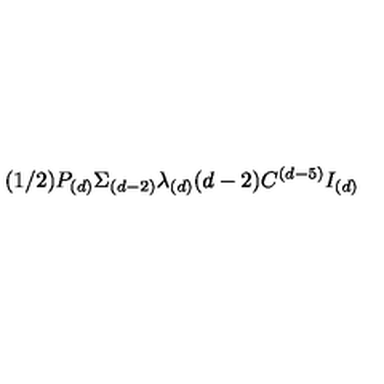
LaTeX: ( 1 / 2 ) P _ { ( d ) } \Sigma _ { ( d - 2 ) } \lambda _ { ( d ) } ( d - 2 ) C ^ { ( d - 5 ) } I _ { ( d ) }